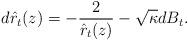
LaTeX: \begin{align*}d\hat r_t(z) = -\frac{2}{\hat r_t(z)} - \sqrt \kappa dB_{t}.\end{align*}